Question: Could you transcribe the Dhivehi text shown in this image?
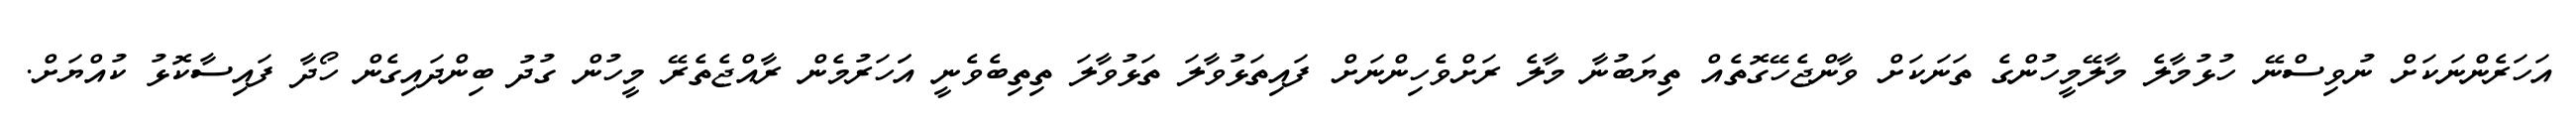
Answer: އަހަރެންނަކަށް ނުވިސްނޭ ހުޅުމާލެ މާލޭމީހުންގެ ތަނަކަށް ވާންޖެހޭގޮތެއް ތިޔަބުނާ މާލެ ރަށްވެހިންނަށް ފައިތަޅުވާލަ ތަޅުވާލަ ތިތިބެވެނީ އަަހަރުމެން ރާއްޖެތެރޭ މީހުން ގުދު ބިންދައިގެން ހޯދާ ފައިސާކޮޅު ކުއްޔަށް.